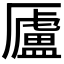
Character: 𠫂